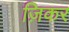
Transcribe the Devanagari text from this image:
ज़िकर